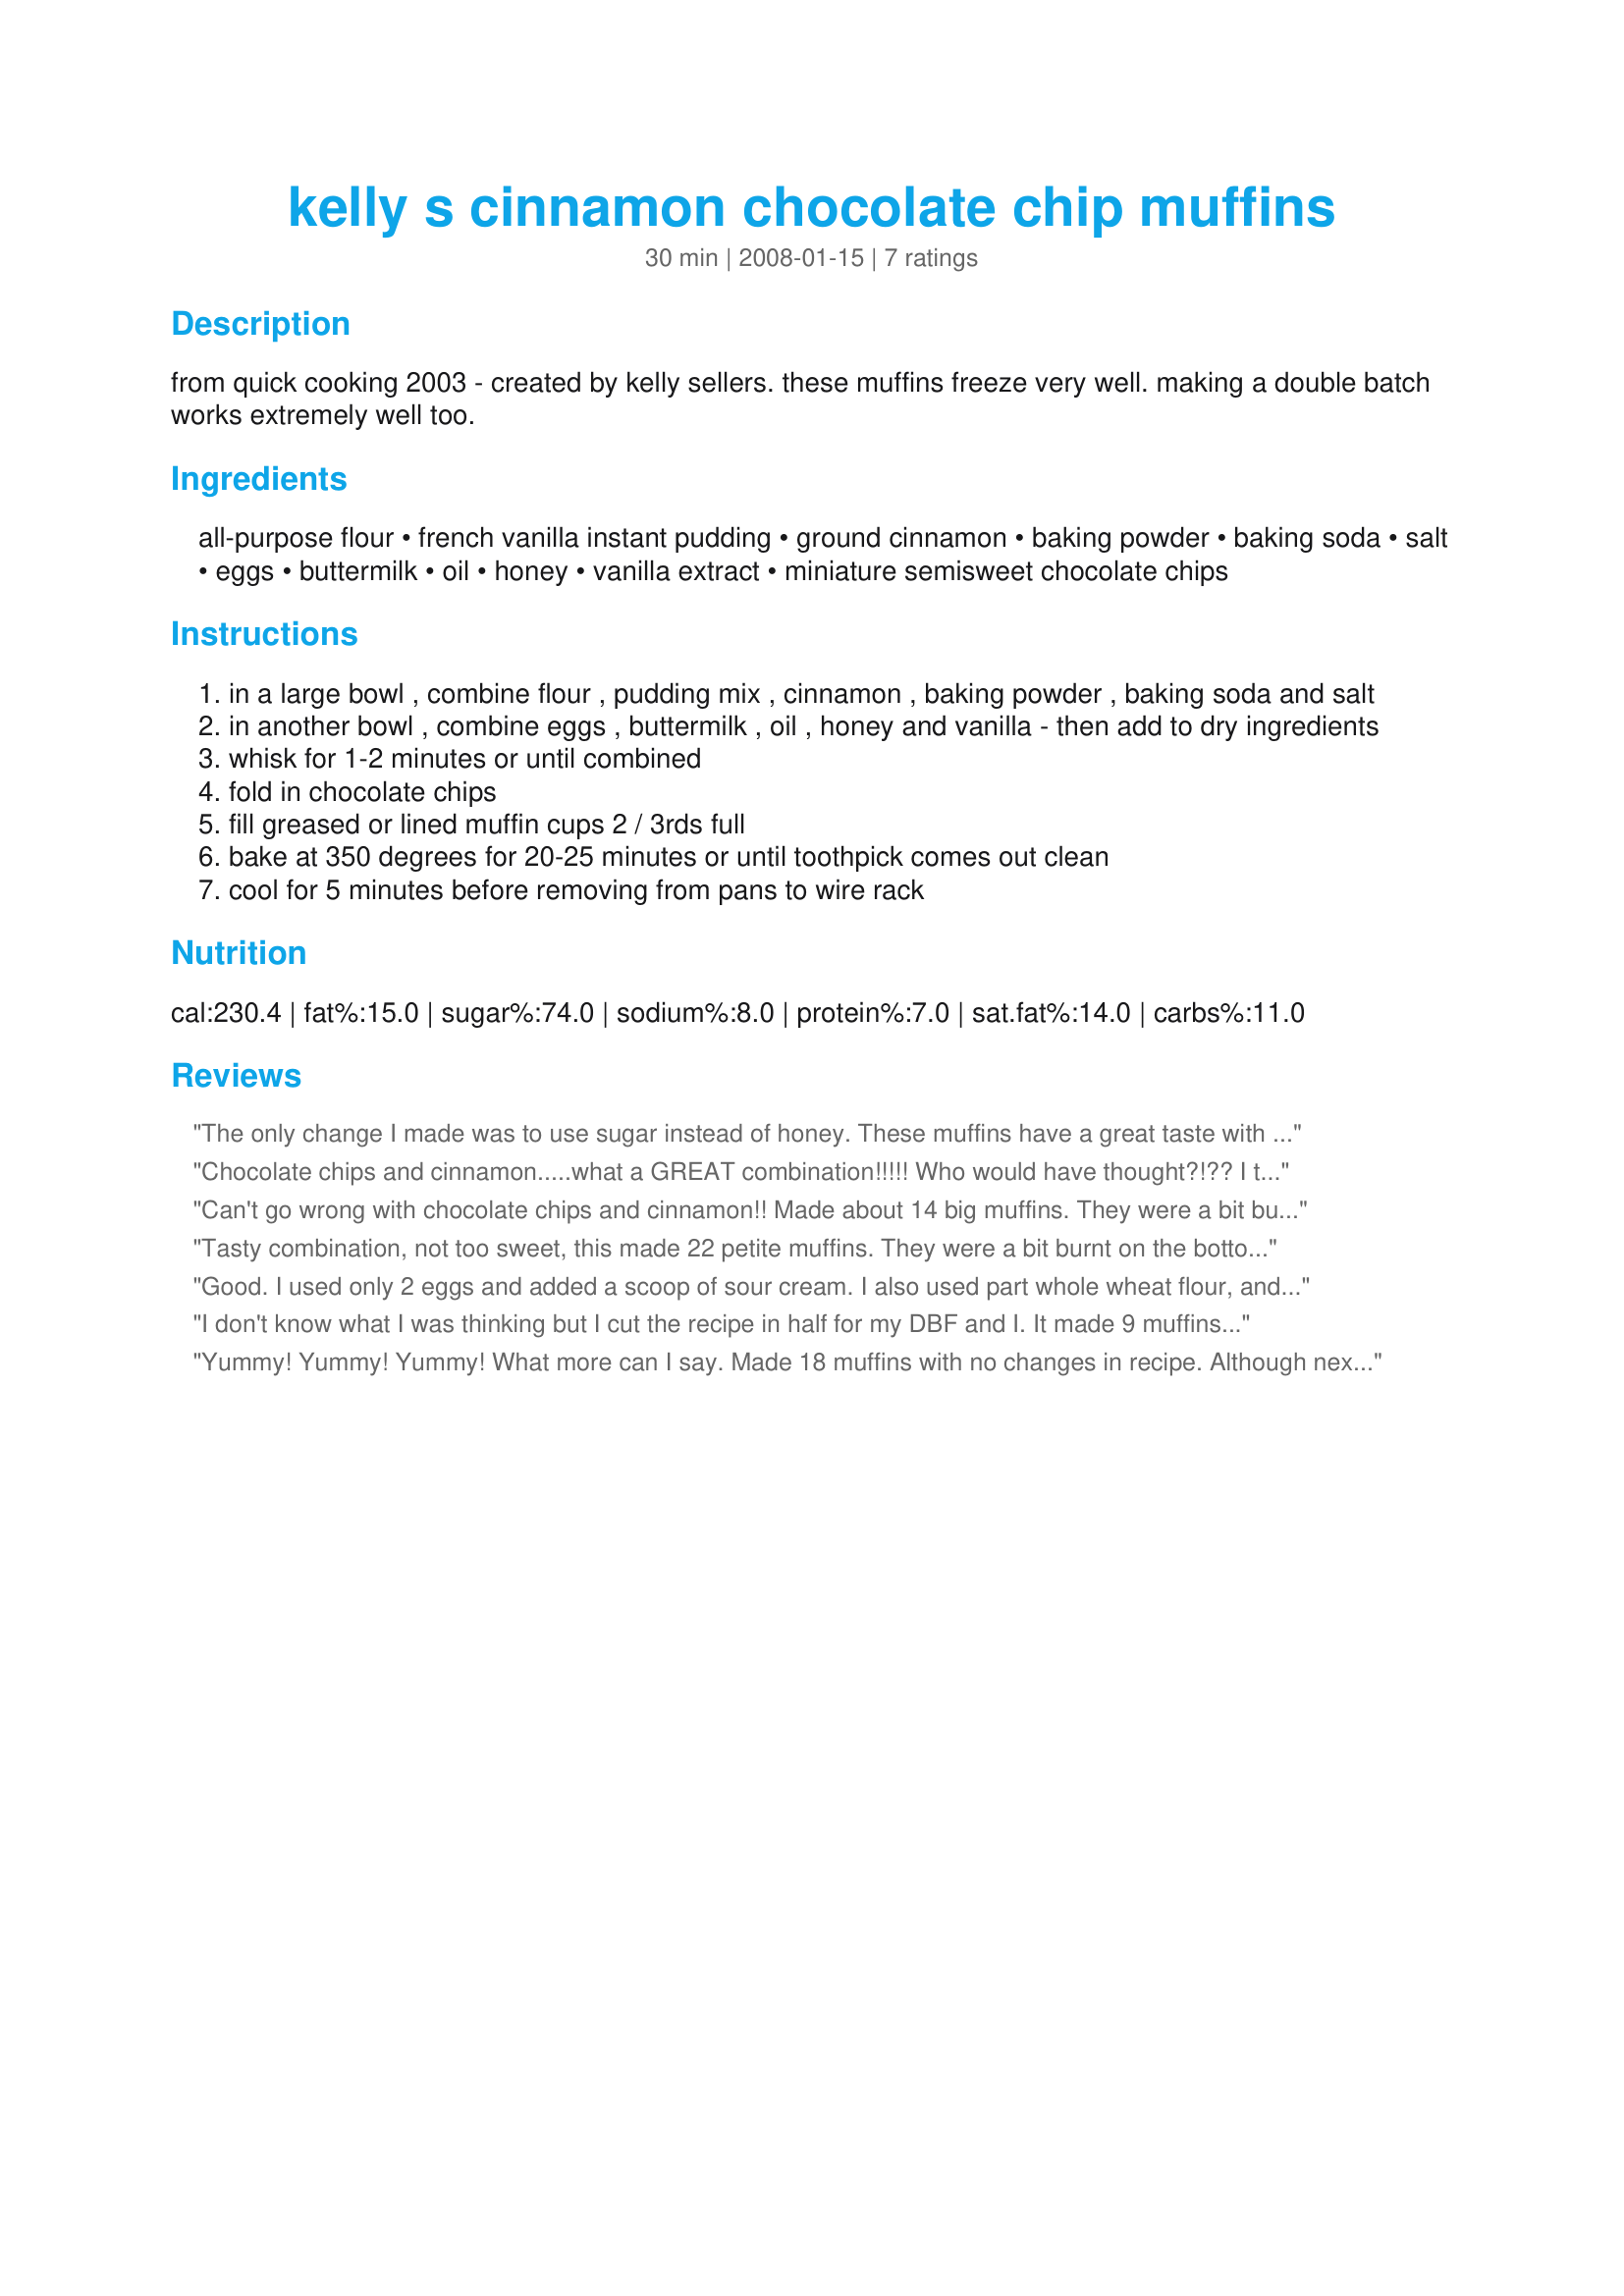
kelly s cinnamon chocolate chip muffins
Preparation time: 30 minutes

from quick cooking 2003 - created by kelly sellers. these muffins freeze very well. making a double batch works extremely well too.

Ingredients:
all-purpose flour, french vanilla instant pudding, ground cinnamon, baking powder, baking soda, salt, eggs, buttermilk, oil, honey, vanilla extract, miniature semisweet chocolate chips

Steps:
in a large bowl , combine flour , pudding mix , cinnamon , baking powder , baking soda and salt
in another bowl , combine eggs , buttermilk , oil , honey and vanilla - then add to dry ingredients
whisk for 1-2 minutes or until combined
fold in chocolate chips
fill greased or lined muffin cups 2 / 3rds full
bake at 350 degrees for 20-25 minutes or until toothpick comes out clean
cool for 5 minutes before removing from pans to wire rack

Reviews:
The only change I made was to use sugar instead of honey. These muffins have a great taste with chocolate but they were a little bit too dense. Thanks Meli. Made for Alphabet chef game
Chocolate chips and cinnamon.....what a GREAT combination!!!!! Who would have thought?!?? I took them to our church meeting and everyone loved them and asked for the recipe. This is a "must try" for everyone....you won't be disappointed. Thanks so much for sharing it, HokiesLady. It's a keepter!!!
Can't go wrong with chocolate chips and cinnamon!! Made about 14 big muffins. They were a bit burnt on the bottom, but I think it was my oven that was too hot! Made for 123 Tag. Thanks Hokies! :)
Tasty combination, not too sweet, this made 22 petite muffins. They were a bit burnt on the bottom, which I attributed to the first toothpick coming out with melted chocolate, so the extra 5 minutes may have been too much; I recommend pressing down with a finger to see if the muffin's surface bounces back. I tried chopping regular semi-sweet chips in my food processor with mixed success, and the larger chips did not suspend well in the muffin batter. I really like this taste combination, so I plan to remake with mini chips and with the finger-bounce-back test. Thanks for posting, HokiesLady! Made for 1-2-3-4 Hit Wonders tag.
Good. I used only 2 eggs and added a scoop of sour cream. I also used part whole wheat flour, and subbed sugar for the honey. Next time I would add more than 2 tsp cinnamon.
I don't know what I was thinking but I cut the recipe in half for my DBF and I. It made 9 muffins of which my DBF consumed 8 in one day and asked where the rest were! He said he didn't know exactly what it was but they were GOOD! I loved mine too!
Yummy! Yummy! Yummy! What more can I say. Made 18 muffins with no changes in recipe. Although next time I might throw in some nuts. Thanks for posting.
